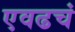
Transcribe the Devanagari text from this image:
एवढचं